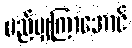
မည်မျှကြာအောင်